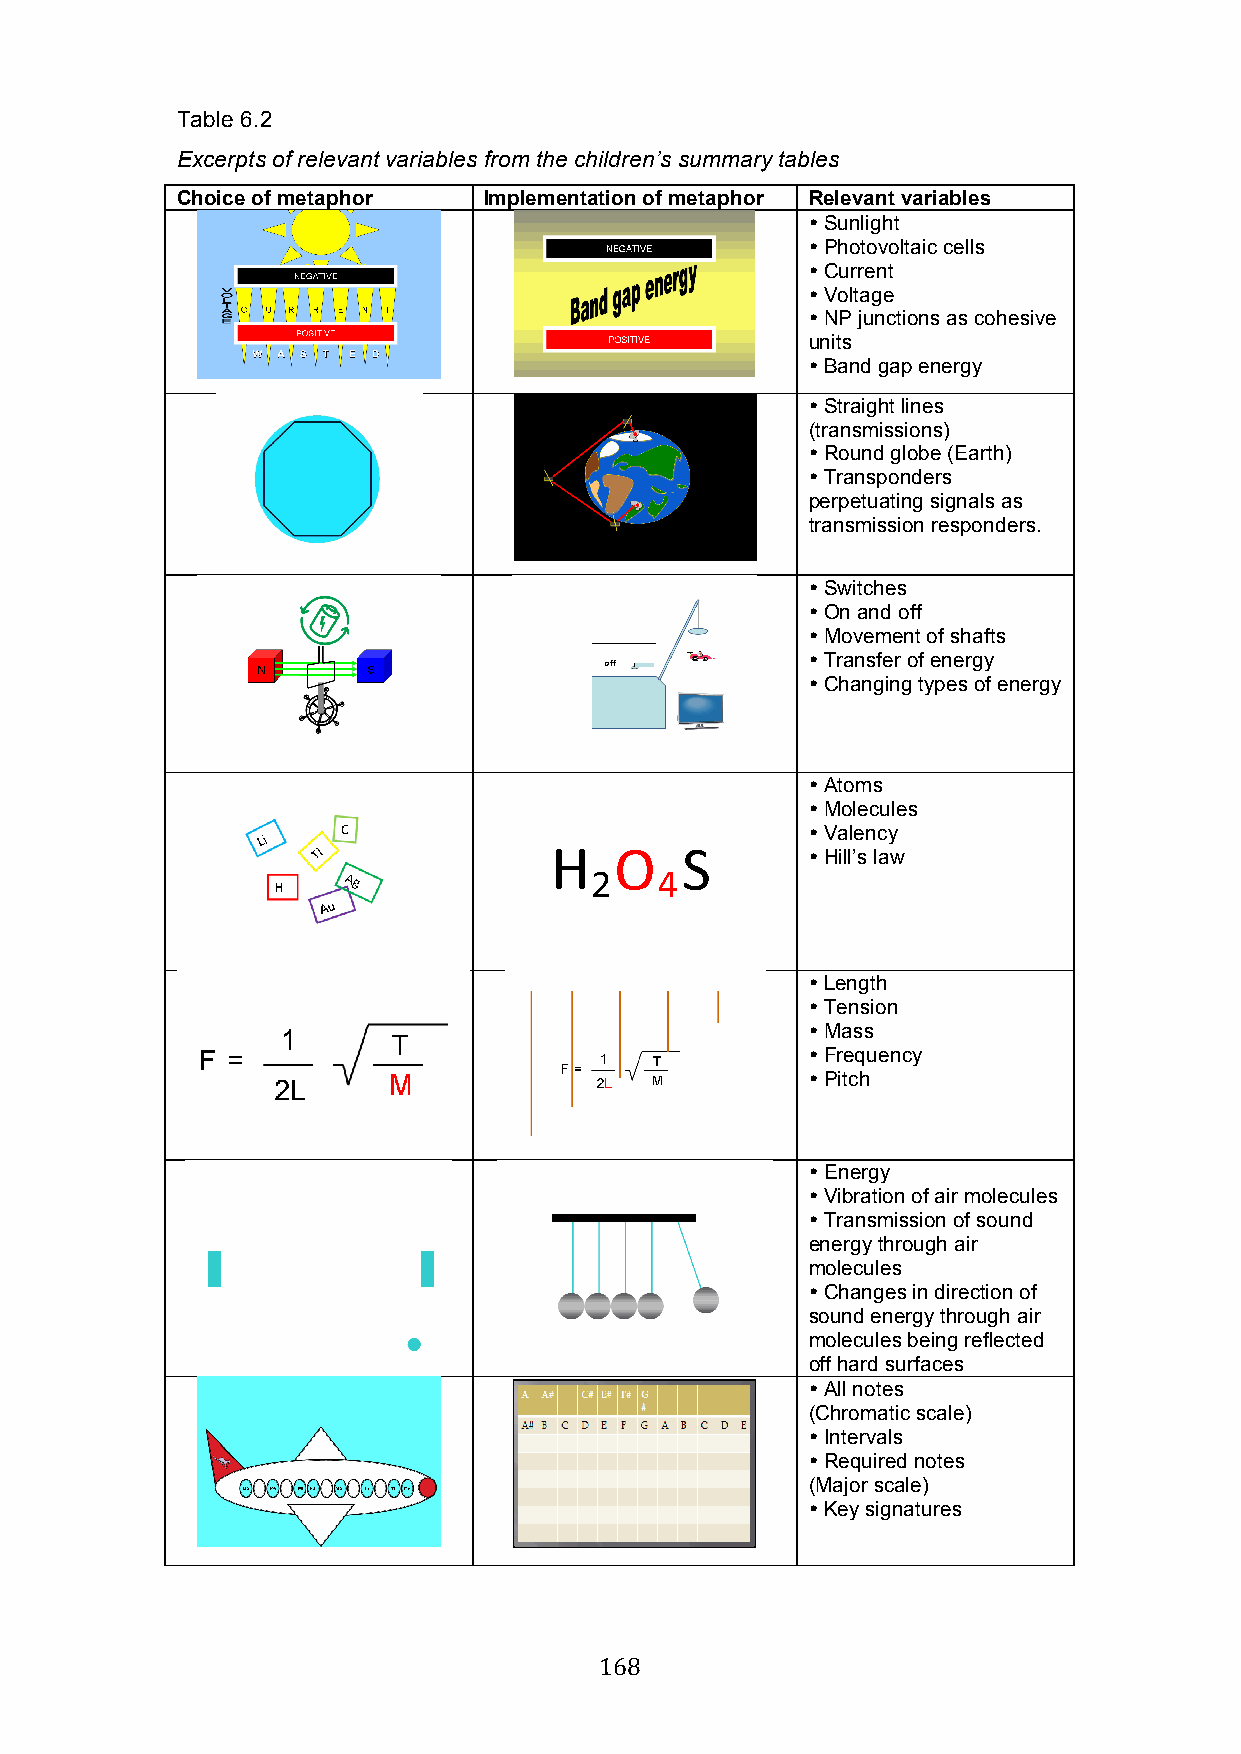
Table 6.2
 Excerpts of relevant variables from the children’s summary tables
 Choice of metaphor  Implementation of metaphor Relevant variables
  Sunlight
  Photovoltaic cells
  Current
  Voltage
  NP junctions as cohesive
 units
  Band gap energy
  Straight lines
 (transmissions)
  Round globe (Earth)
  Transponders
 perpetuating signals as
 transmission responders.
  Switches
  On and off
  Movement of shafts
  Transfer of energy
  Changing types of energy
  Atoms
  Molecules
  Valency
  Hill’s law
  Length
  Tension
  Mass
  Frequency
  Pitch
  Energy
  Vibration of air molecules
  Transmission of sound
 energy through air
 molecules
  Changes in direction of
 sound energy through air
 molecules being reflected
 off hard surfaces
  All notes
 (Chromatic scale)
  Intervals
  Required notes
 (Major scale)
  Key signatures
 168